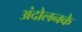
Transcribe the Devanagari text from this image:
अंदोलनके